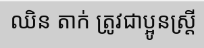
ឈិន តាក់ ត្រូវជាប្អូនស្ត្រី